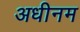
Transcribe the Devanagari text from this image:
अधीनम